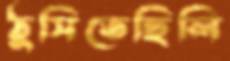
ঠুসিতেছিলি